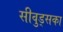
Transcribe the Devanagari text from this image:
सीवुड्सका